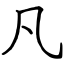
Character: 凡